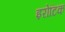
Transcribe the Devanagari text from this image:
इरोटिक